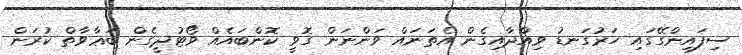
ސިފައިންގޭގައިި ހަރުގަނޑު ވިއްދާއިގެން އެތަނައް ވަންނަން ގޮވީ ކޮންބައެއް ވޯޓުދީގެން ބަޢާވާތް ކުރަން